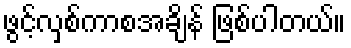
ဖွင့်လှစ်ကာစအချိန် ဖြစ်ပါတယ်။